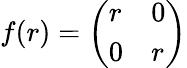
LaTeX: f(r)={\left(\begin{array}{ll}{r}&{0}\\ {0}&{r}\end{array}\right)}